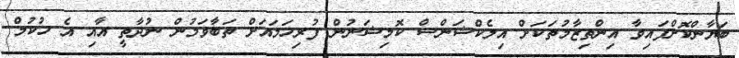
ބަޔާންކޮށްފައިވާ އިންތިޒާމުތަކަށް އިލެކްޝަންސް ކޮމިޝަނުން ފުރިހަމައަށް ތަބާވަމުން ނުދާތީ އާއި އެ ހުކުމް